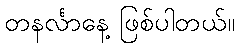
တနင်္လာနေ့ ဖြစ်ပါတယ်။